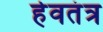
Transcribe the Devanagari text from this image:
हेवतंत्र